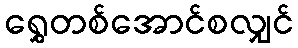
ရွှေတစ်အောင်စလျှင်